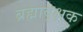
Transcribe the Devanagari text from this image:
ब्रह्मावृक्षक